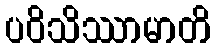
ပဝိသိဿာမာတိ